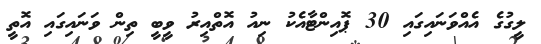
ލީގުގެ އެއްވަނައިގައި 30 ޕޮއިންޓާއެކު ނިއު އޮތްއިރު ވީބީ ތިން ވަނައިގައި އޮތީ